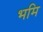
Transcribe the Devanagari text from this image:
भमि